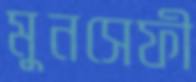
মুনসেফী